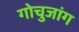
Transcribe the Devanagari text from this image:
गोचुजांग